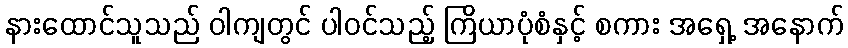
နားထောင်သူသည် ဝါကျတွင် ပါဝင်သည့် ကြိယာပုံစံနှင့် စကား အရှေ့ အနောက်